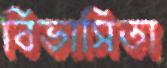
বিভাসিতা